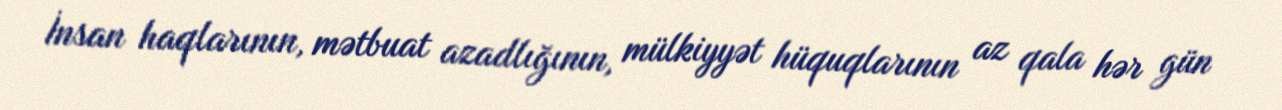
İnsan haqlarının, mətbuat azadlığının, mülkiyyət hüquqlarının az qala hər gün